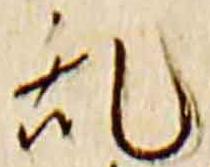
乱